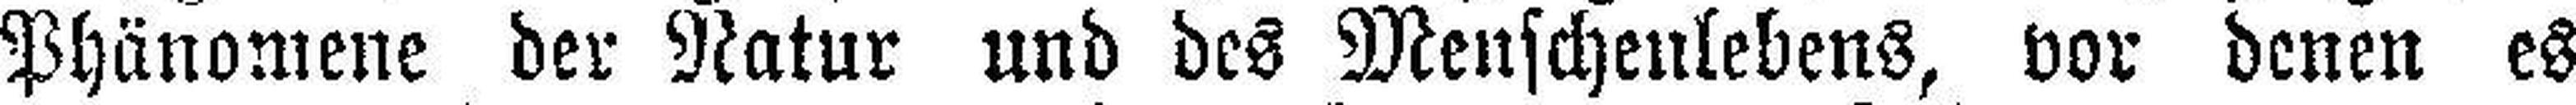
Phänomene der Natur und des Menschenlebens, vor denen es